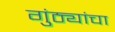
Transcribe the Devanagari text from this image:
गुंठ्यांचा